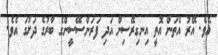
އެވެ. އޭރު އެތަން އޮތީ އިނގިރޭސިން އަދި ފަރަންސޭސީންގެ ބާރުގެ ދަށުގަ އެވެ.